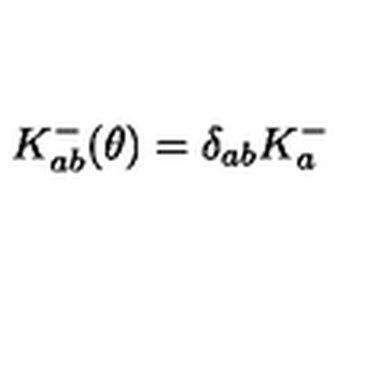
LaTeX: K _ { a b } ^ { - } ( \theta ) = \delta _ { a b } K _ { a } ^ { - }